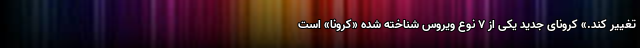
تغییر کند.» کرونای جدید یکی از ۷ نوع ویروس شناخته شده «کرونا» است